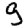
Digit: 9